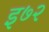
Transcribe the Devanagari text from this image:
इ७२